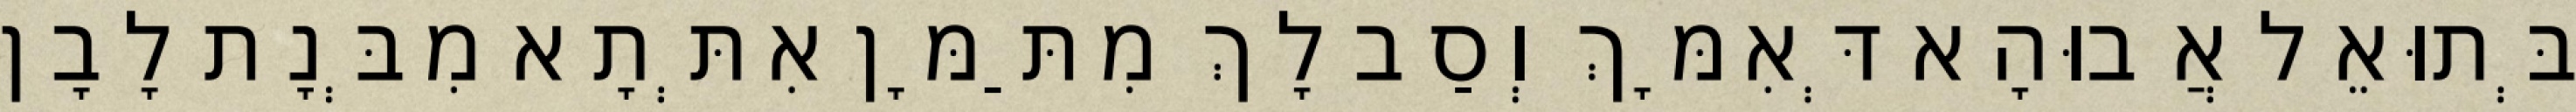
בְּתוּאֵל אֲבוּהָא דְּאִמָּךְ וְסַב לָךְ מִתַּמָּן אִתְּתָא מִבְּנָת לָבָן